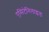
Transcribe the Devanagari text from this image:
एसिटेनिलाइड